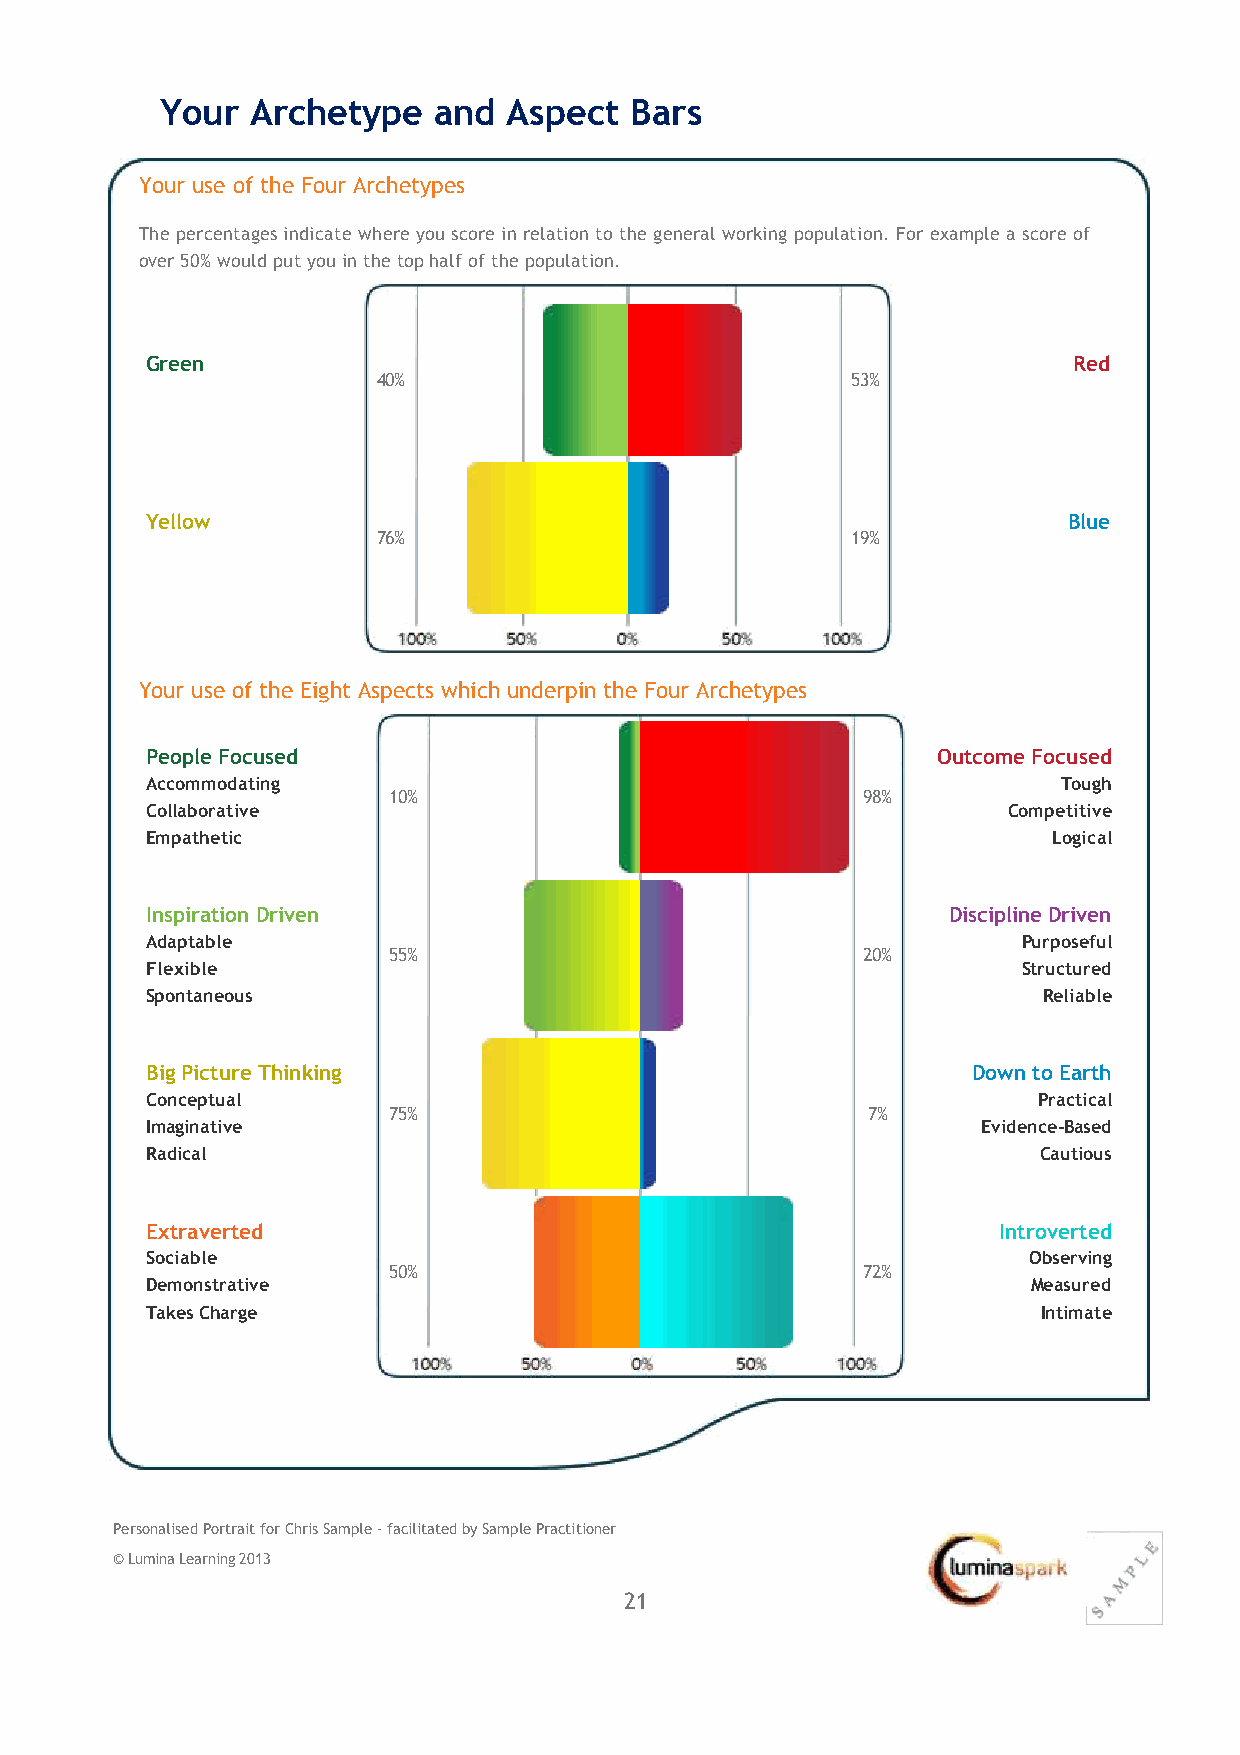
Your  Archetype   and  Aspect  Bars
 Your use of the Four Archetypes
 The percentages indicate where you score in relation to the general working population. For example a score of
 over 50% would put you in the top half of the population.
 Green                                                        Red
 40%                            53%
 Yellow                                                       Blue
 76%                            19%
 Your use of the Eight Aspects which underpin the Four Archetypes
 People Focused                                      Outcome Focused
 Accommodating                                               Tough
 10%                            98%
 Collaborative                                            Competitive
 Empathetic                                                  Logical
 Inspiration Driven                                   Discipline Driven
 Adaptable                                                 Purposeful
 55%                            20%
 Flexible                                                  Structured
 Spontaneous                                                Reliable
 Big Picture Thinking                                  Down to Earth
 Conceptual                                                 Practical
 75%                            7%
 Imaginative                                            Evidence‐Based
 Radical                                                    Cautious
 Extraverted                                             Introverted
 Sociable                                                  Observing
 50%                            72%
 Demonstrative                                             Measured
 Takes Charge                                               Intimate
 Personalised Portrait for Chris Sample ‐ facilitated by Sample Practitioner
 © Lumina Learning 2013
 21